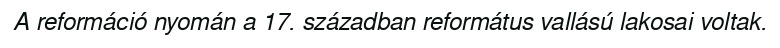
A reformáció nyomán a 17. században református vallású lakosai voltak.